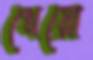
খেয়ো